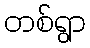
တစ်ရွာ